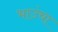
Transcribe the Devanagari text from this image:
भाउंचा